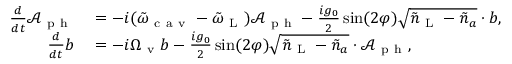
\begin{array} { r l r } { \frac { d } { d t } \mathcal { A } _ { \mathrm { ~ p ~ h ~ } } } & { { } = - i ( \tilde { \omega } _ { \mathrm { ~ c ~ a ~ v ~ } } - \tilde { \omega } _ { \mathrm { ~ L ~ } } ) \mathcal { A } _ { \mathrm { ~ p ~ h ~ } } - \frac { i g _ { 0 } } { 2 } \sin ( 2 \varphi ) \sqrt { \tilde { n } _ { \mathrm { ~ L ~ } } - { \tilde { n } _ { a } } } \cdot b , } & { } \\ { \frac { d } { d t } b } & { { } = - i \Omega _ { \mathrm { ~ v ~ } } b - \frac { i g _ { 0 } } { 2 } \sin ( 2 \varphi ) \sqrt { \tilde { n } _ { \mathrm { ~ L ~ } } - { \tilde { n } _ { a } } } \cdot \mathcal { A } _ { \mathrm { ~ p ~ h ~ } } , } & { } \end{array}